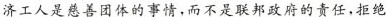
济工人是慈善团体的事情，而不是联邦政府的责任，拒绝